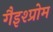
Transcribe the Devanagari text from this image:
गैइश्प्रोम